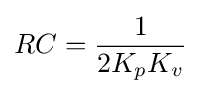
RC={\frac {1}{2K_{p}K_{v}}}